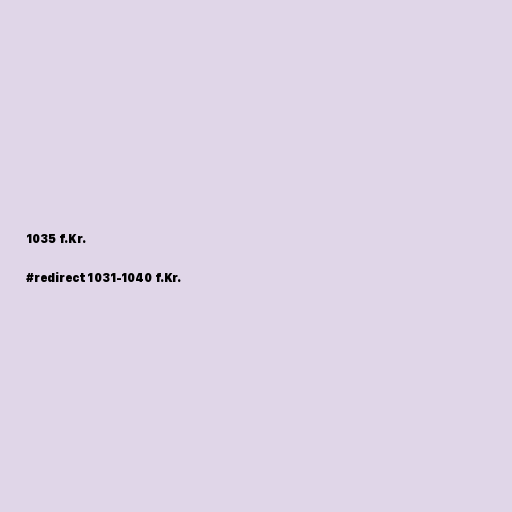
1035 f.Kr.

#redirect 1031-1040 f.Kr.